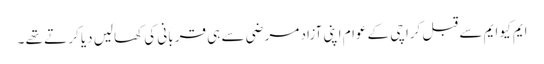
ایم کیو ایم سے قبل کراچی کے عوام اپنی آزاد مر ضی سے ہی قر بانی کی کھالیں دیا کر تے تھے ۔